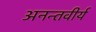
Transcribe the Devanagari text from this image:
अनन्तवीर्य